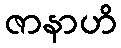
ဇာနာဟိ